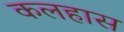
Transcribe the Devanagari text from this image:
कलहास